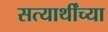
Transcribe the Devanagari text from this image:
सत्यार्थींच्या